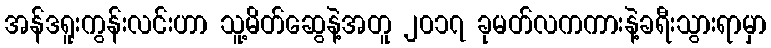
အန်ဒရူးကွန်းလင်းဟာ သူ့မိတ်ဆွေနဲ့အတူ ၂၀၁၇ ခုမတ်လကကားနဲ့ခရီးသွားရာမှာ